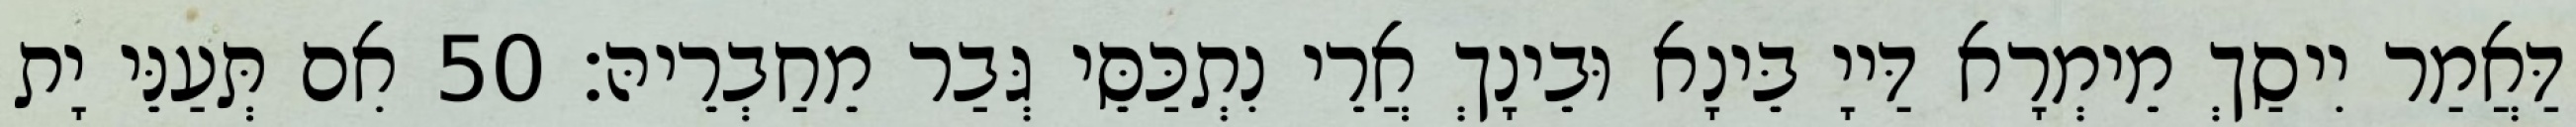
דַּאֲמַר יִיסַךְ מֵימְרָא דַּייָ בֵּינָא וּבֵינָךְ אֲרֵי נִתְכַּסֵּי גְּבַר מֵחַבְרֵיהּ׃ 50 אִם תְּעַנֵּי יָת